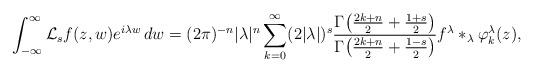
LaTeX: \begin{align*}\int_{-\infty}^{\infty}\mathcal{L}_sf(z,w)e^{i\lambda w}\,dw=(2\pi)^{-n}|\lambda|^n\sum_{k=0}^{\infty}(2|\lambda|)^{s}\frac{\Gamma\big(\frac{2k+n}{2}+\frac{1+s}{2}\big)}{\Gamma\big(\frac{2k+n}{2}+\frac{1-s}{2}\big)}f^{\lambda}\ast_{\lambda}\varphi_k^{\lambda}(z),\end{align*}